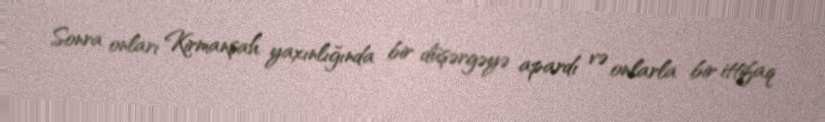
Sonra onları Kirmanşah yaxınlığında bir düşərgəyə apardı və onlarla bir ittifaq